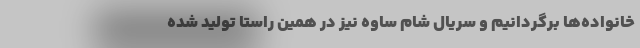
خانواده‌ها برگردانیم و سریال شام ساوه نیز در همین راستا تولید شده